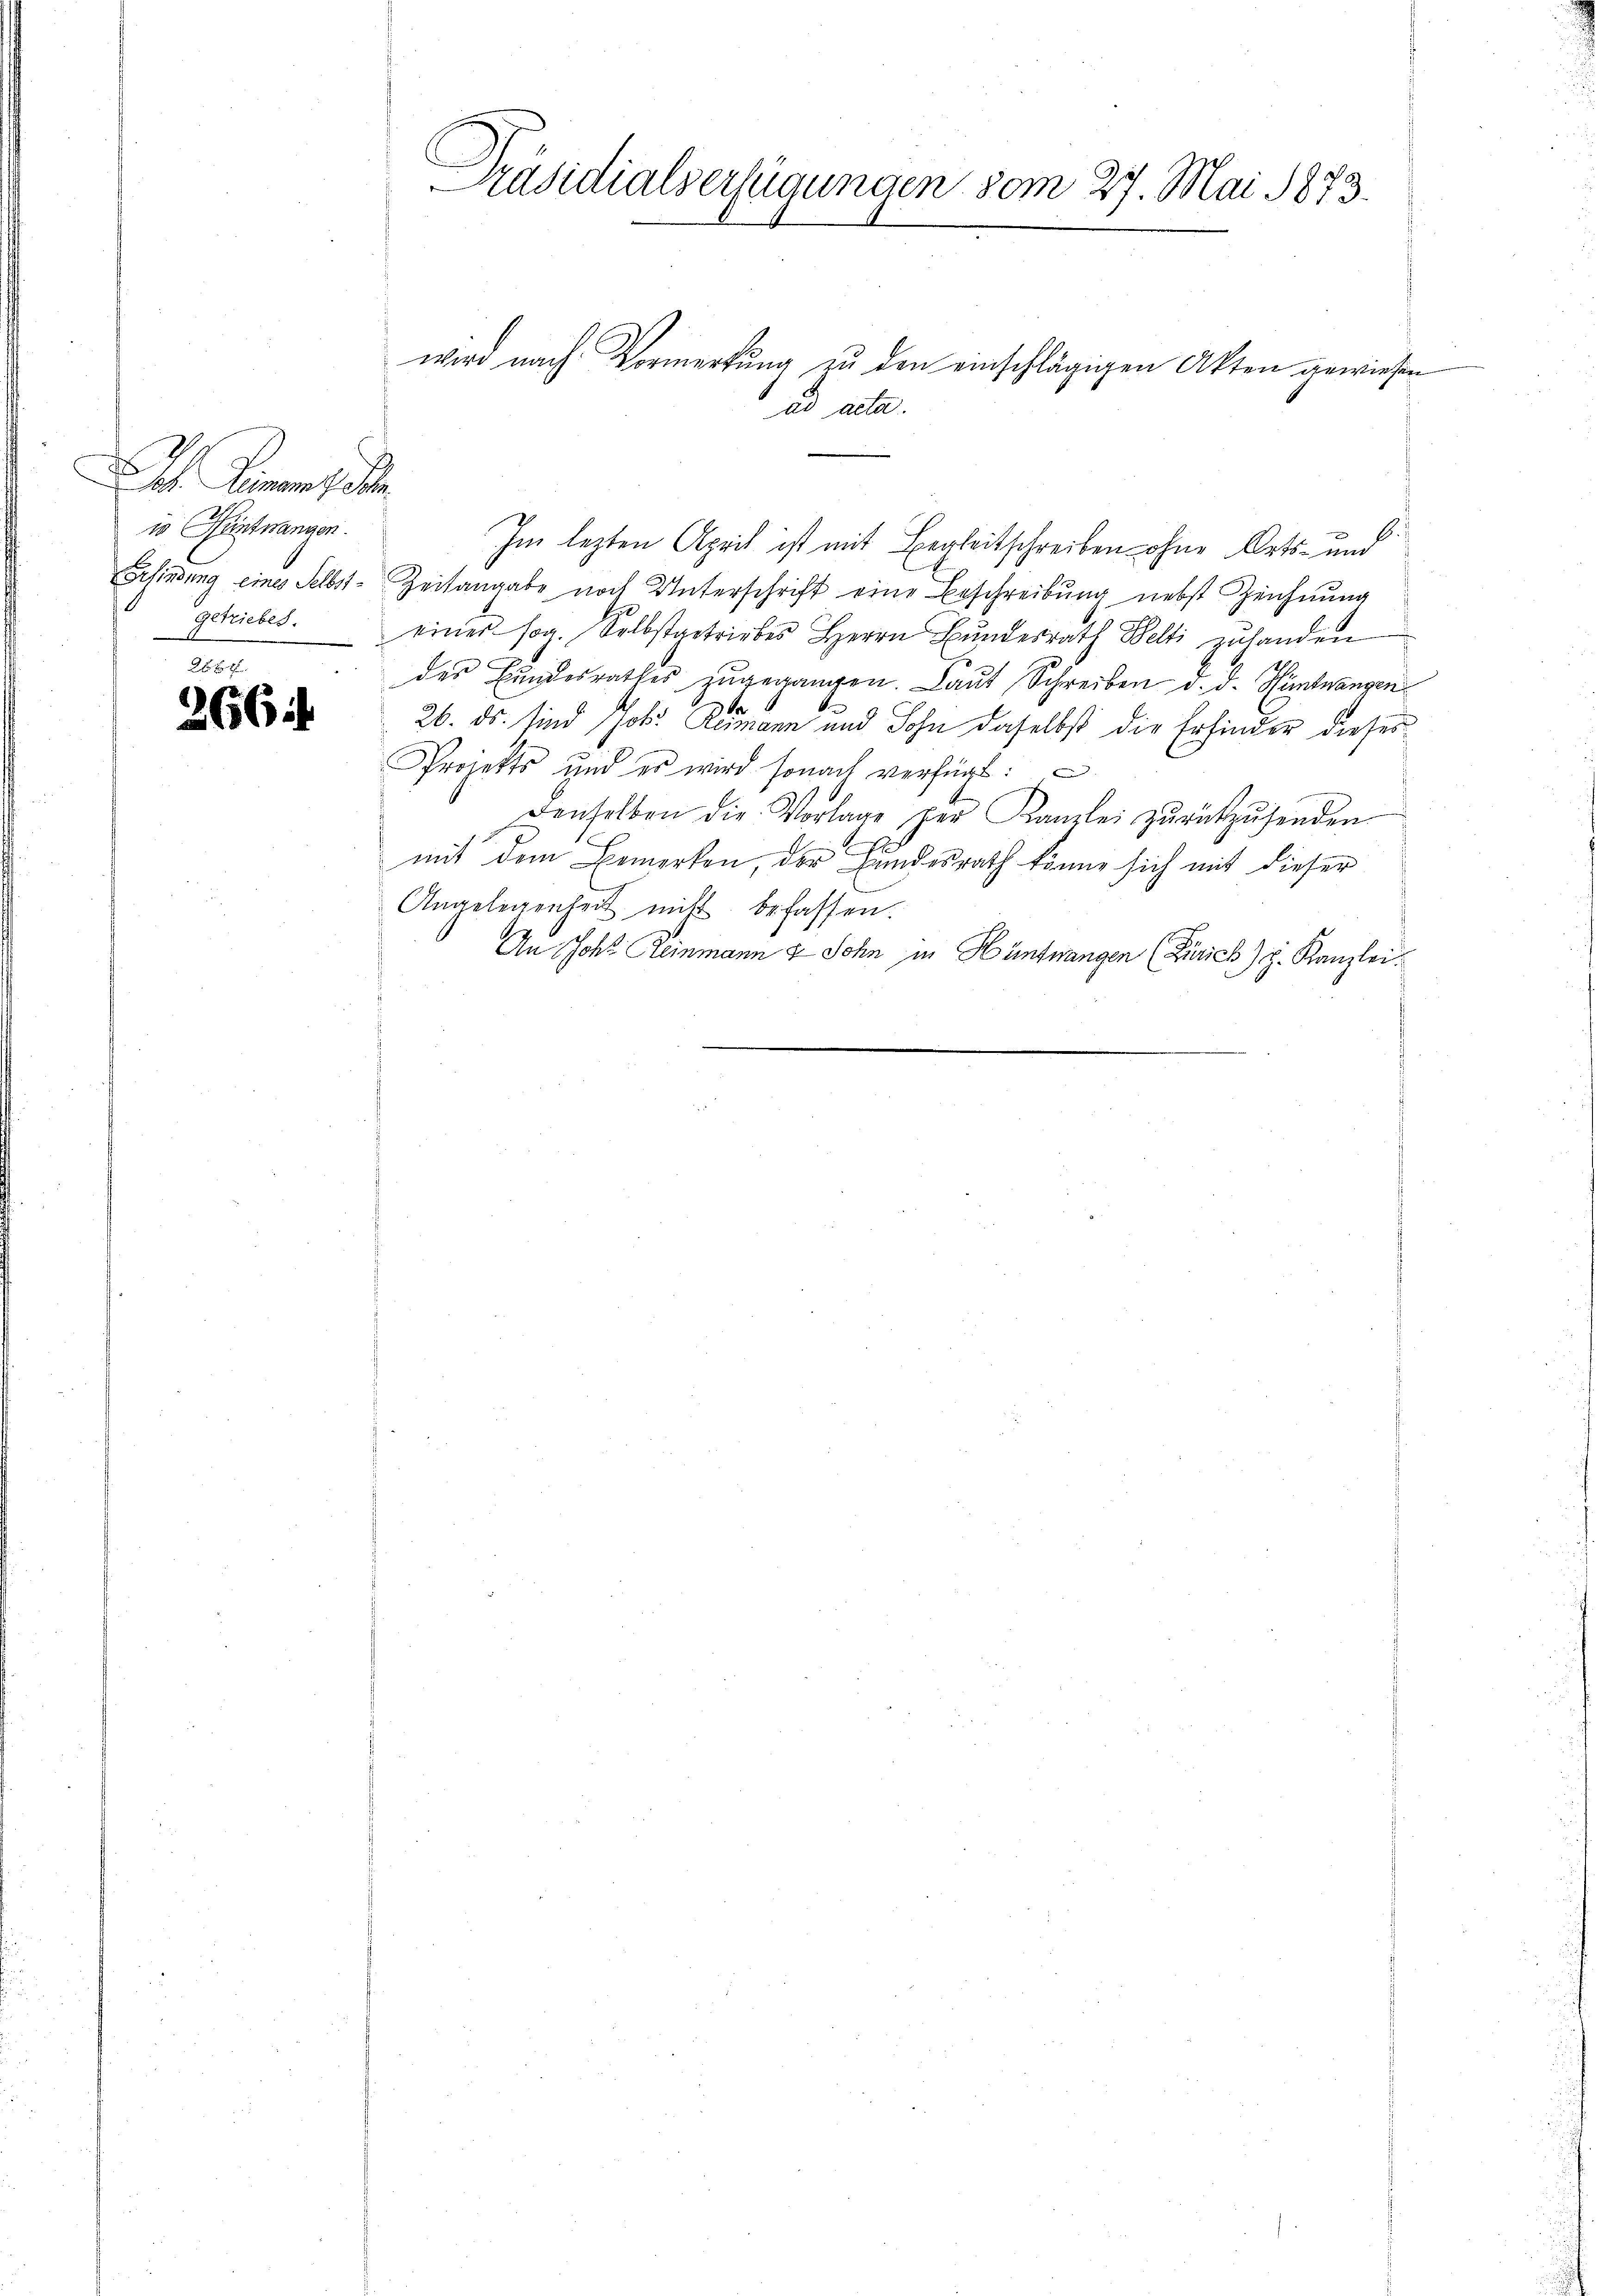
io Hüntwangen.
getriebes.

266

wird nach Vormerkung zu den einschlägigen Akten gewiesen
Im lezten April ist mit Begleitschreiben ohne Orts- und
Erfindung eines Selbst-Zeitangabe noch Unterschrift eine Beschreibung nebst Zeichnung
einer sog. Selbstgetriebes Herrn Bŭndesrath Welti zŭ handen
des Bundesrathes zugegangen. Laut Schreiben d. d. Heimtrangen
26. ds. sind Joh. Rumann und Sohn daselbst die Erfinder dieser
Projekts und er wird sonach verfügt:
Denselben die Vorlage per Kanzlei zurückzusenden
mit dem Bemerken, der Bundesrath könne sich mit dieser
Angelegenheit mit befassen.
An Joh. Reinmann & Sohn in Hüntwangen (Zürich) d. Kanzlei.

Präsidialverfügungen vom 27. Mai 1873.

ad acta.